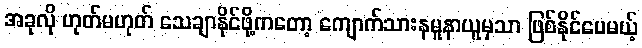
အခုလို ဟုတ်မဟုတ် သေချာနိုင်ဖို့ကတော့ ကျောက်သားနမူနာယူမှသာ ဖြစ်နိုင်ပေမယ့်